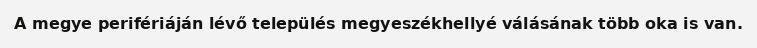
A megye perifériáján lévő település megyeszékhellyé válásának több oka is van.